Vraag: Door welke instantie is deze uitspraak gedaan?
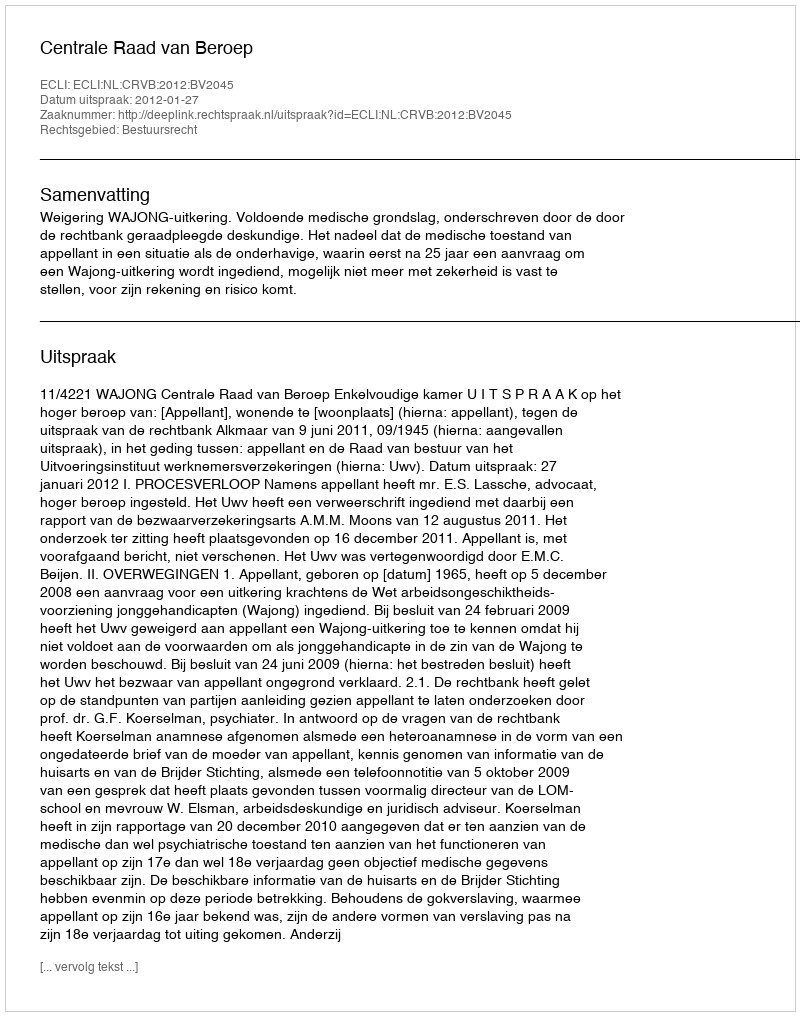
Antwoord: Centrale Raad van Beroep